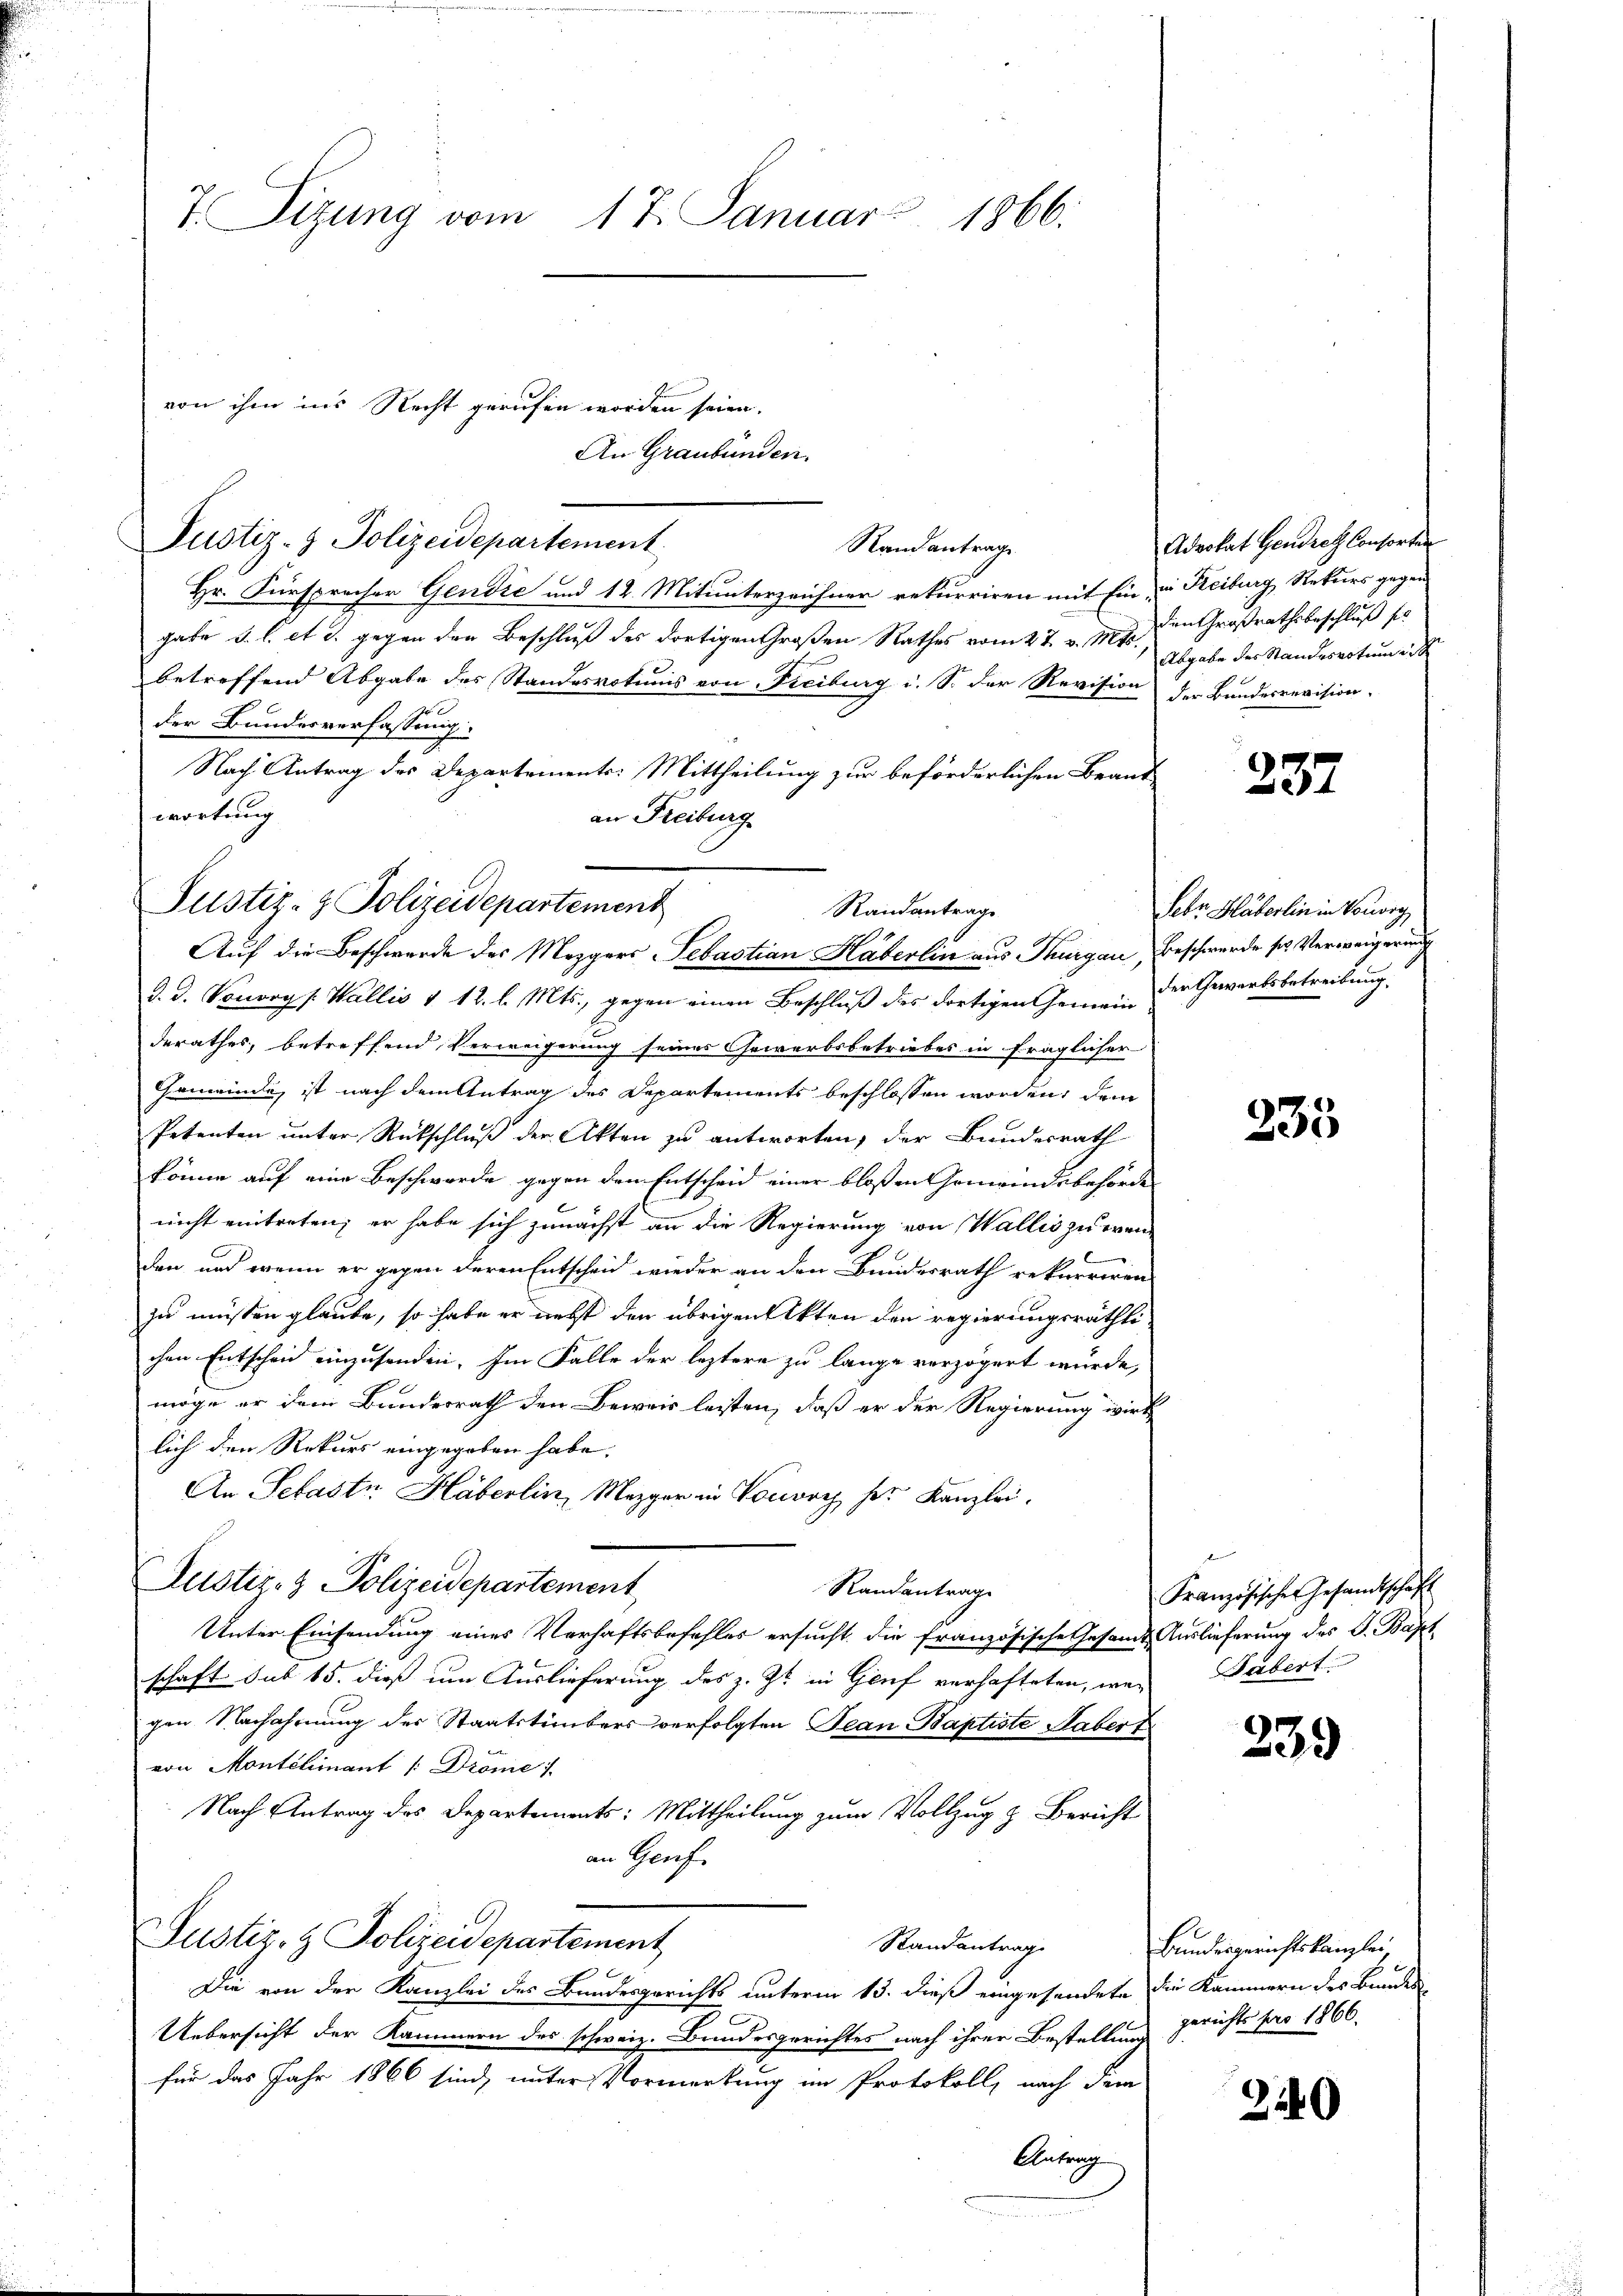
7. Sizung vom 17. Januar 1866.

von ihm ins Recht gerufen worden seien.

Hr. Fürsprecher Gendić und 12. Mitunterzeichner rekurriren mit Ein u. Reiburg, Rekurs gegen
gabe d. l. et d. gegen den Beschluß des dortigen Großen Rathes vom 27. v. Mts., Abgabe der Standesvotum ei
betreffend Abgabe des Standesvotunis von Freiburg i. S. der Revision der Bundesrevision.
der Bundesverfassung:
Nach Antrag des Departements: Mittheilung zur beförderlichen Brant
wortung
an Freiburg
d. d. Vonory /: Wallis 1 12. l. Mts., gegen einen Beschluß des dortigen Gemein der Gewerksbetreibung.
derathes, betreffend Verweigerung seines Gewerbsbetriebes in fraglicher
Gemeinde, ist nach dem Antrag des Departements beschlossen worden, dem
Petenten unter Rückschluß der Akten zu antworten, der Bundesrath
könne auf eine Beschwerde gegen den Entscheid einer bloßen Gemeindsbehörde
nicht eintreten; er habe sich zunächst an die Regierung von Wallis zu wen
den und wenn er gegen deren Entscheid wieder an den Bundesrath rekurriren
zu müssen glaube, so habe er nebst den übrigen Akten den regierungsräthlichen Entscheid einzusenden. Im Falle der leztere zu lange verzögert wurde,
möge er dem Bundesrath den Beweis lesten, daß er der Regierung wirk
lich den Rekurs eingegeben habe.
An Sebastr. Häberlin, Mezger in Vorvey her Kanzlei-
Justiz- & Polizeidepartement
Randantrag
Unter Einsendung eines Verhaftsbefehles ersucht, die französische Gesamt Auslieferung des J. Bapt
schaft sub 15. dieß um Auslieferung des z. Zt. in Genf verhafteten, wenn
gen Nachahmung des Staatstümbers verfolgten Jean Baptiste Haber t
von Montélimant /:Dröme /.
Nach Antrag des Departements: Mittheilung zum Vollzug z. Bericht
an Genf.
Justiz- & Polizeidepartement
Randantrag
Die von der Kanzlei des Bandesgerichts unterm 13. dieß eingesendete die Kammern des Bundes
Uebersicht der Kammern des schweiz. Bundesgerichtes nach ihrer Bestellen gerichts pro 1866.
für das Jahr 1866 sind, unter Vormerkung im Protokoll, nach dem
Antrag

Justiz- & Polizeidepartement
Randantrage
Auf die Beschwerde des Mezgers Sebastian Häberlin aus Thurgau Beschwerde ses Verweigerung

Justiz- & Polizeidepartement

An Graubünden.

Randantrage

Advokat Gendret Consorten
den Großrathsbeschluß sie

237

Febr. Häberlin in Vororg

235

Französisches Gesandtschaft
Fabert.

239

Bundesgerichtskanzlei,

2240